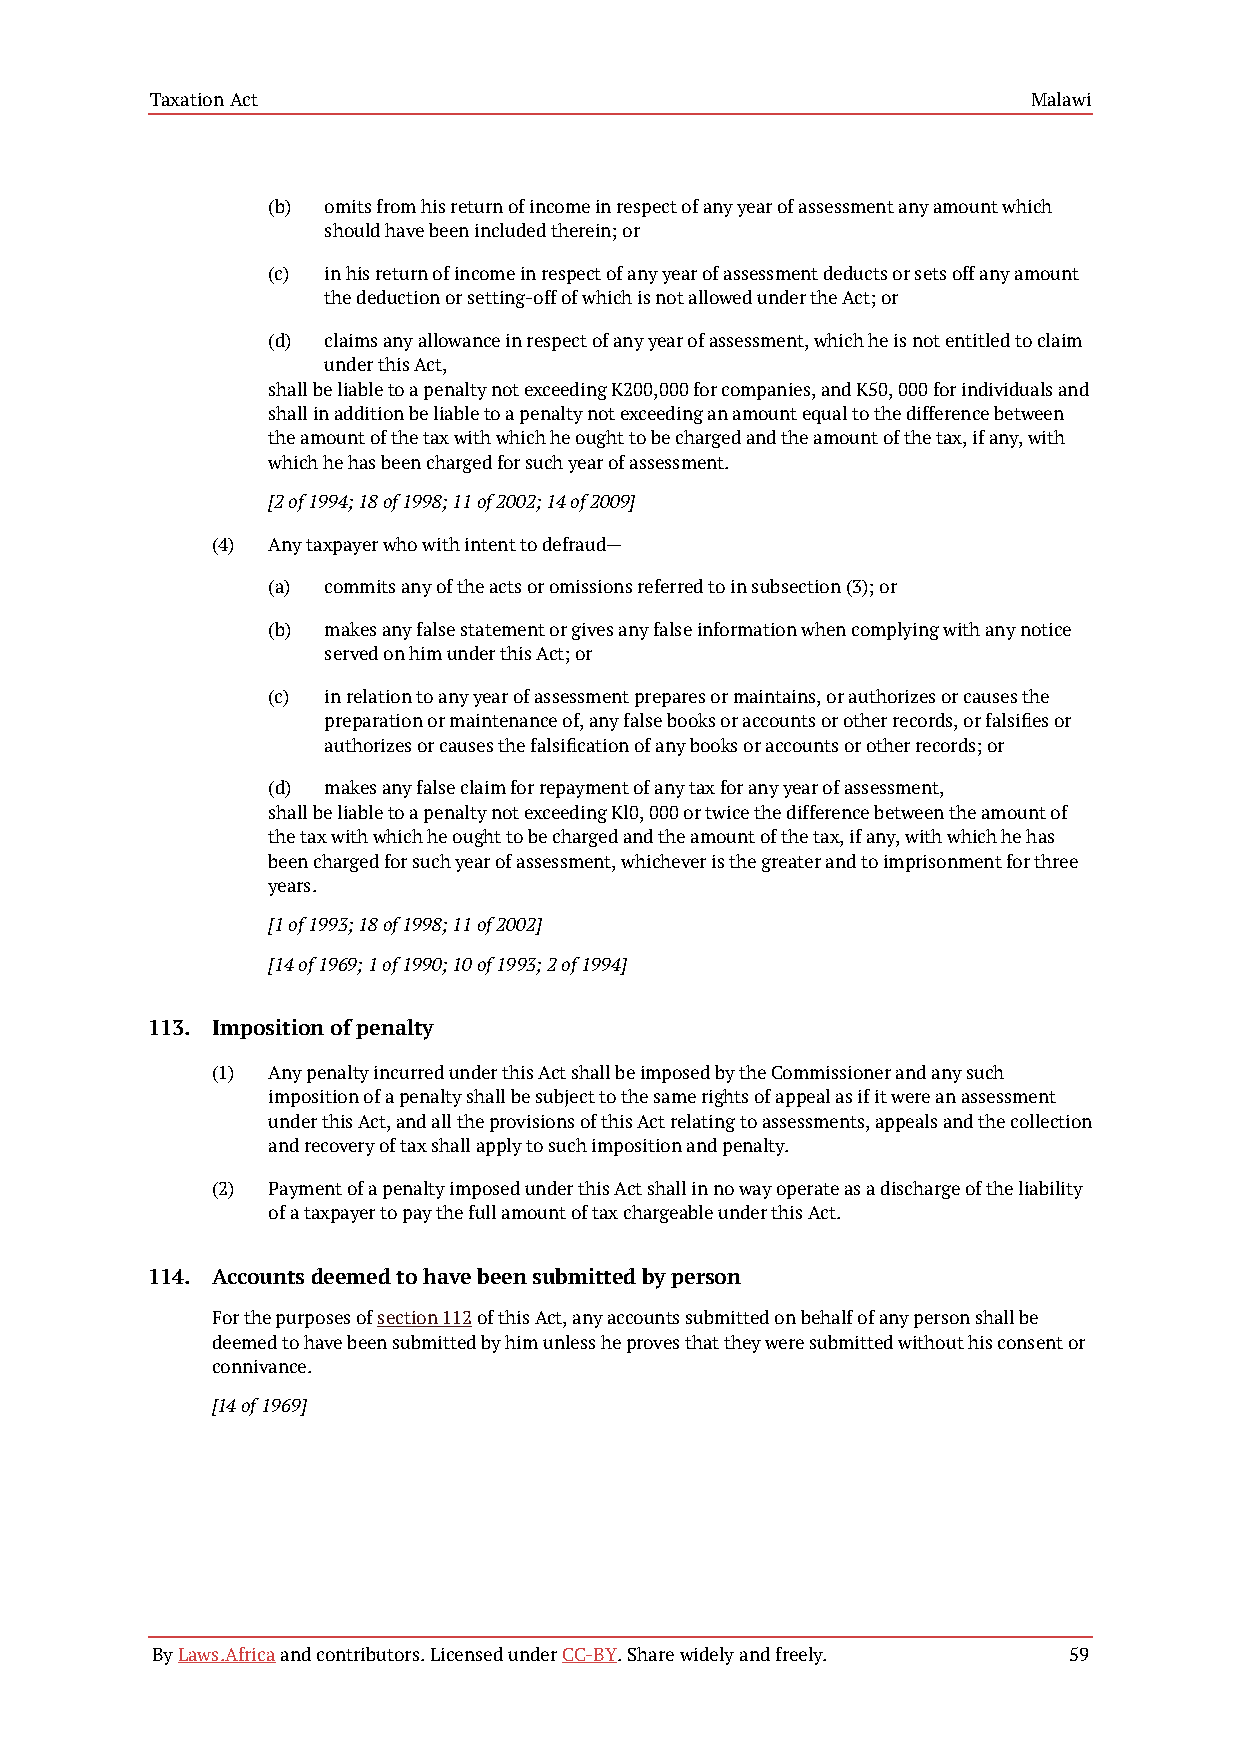
Taxation Act                                              Malawi
 (b) omits from his return of income in respect of any year of assessment any amount which
 should have been included therein; or
 (c) in his return of income in respect of any year of assessment deducts or sets off any amount
 the deduction or setting-off of which is not allowed under the Act; or
 (d) claims any allowance in respect of any year of assessment, which he is not entitled to claim
 under this Act,
 shall be liable to a penalty not exceeding K200,000 for companies, and K50, 000 for individuals and
 shall in addition be liable to a penalty not exceeding an amount equal to the difference between
 the amount of the tax with which he ought to be charged and the amount of the tax, if any, with
 which he has been charged for such year of assessment.
 [2 of 1994; 18 of 1998; 11 of 2002; 14 of 2009]
 (4) Any taxpayer who with intent to defraud—
 (a) commits any of the acts or omissions referred to in subsection (3); or
 (b) makes any false statement or gives any false information when complying with any notice
 served on him under this Act; or
 (c) in relation to any year of assessment prepares or maintains, or authorizes or causes the
 preparation or maintenance of, any false books or accounts or other records, or falsifies or
 authorizes or causes the falsification of any books or accounts or other records; or
 (d) makes any false claim for repayment of any tax for any year of assessment,
 shall be liable to a penalty not exceeding Kl0, 000 or twice the difference between the amount of
 the tax with which he ought to be charged and the amount of the tax, if any, with which he has
 been charged for such year of assessment, whichever is the greater and to imprisonment for three
 years.
 [1 of 1993; 18 of 1998; 11 of 2002]
 [14 of 1969; 1 of 1990; 10 of 1993; 2 of 1994]
 113. Imposition of penalty
 (1) Any penalty incurred under this Act shall be imposed by the Commissioner and any such
 imposition of a penalty shall be subject to the same rights of appeal as if it were an assessment
 under this Act, and all the provisions of this Act relating to assessments, appeals and the collection
 and recovery of tax shall apply to such imposition and penalty.
 (2) Payment of a penalty imposed under this Act shall in no way operate as a discharge of the liability
 of a taxpayer to pay the full amount of tax chargeable under this Act.
 114. Accounts deemed to have been submitted by person
 For the purposes of section 112 of this Act, any accounts submitted on behalf of any person shall be
 deemed to have been submitted by him unless he proves that they were submitted without his consent or
 connivance.
 [14 of 1969]
 By Laws.Africa and contributors. Licensed under CC-BY. Share widely and freely. 59